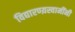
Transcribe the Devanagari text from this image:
विद्यारण्य़स्वामींनी